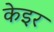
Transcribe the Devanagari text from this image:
केइर